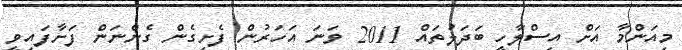
މިއަންމާ އަށް އިސްލާހީ ބަދަލުތައް 2011 ވަނަ އަހަރުން ފެށިގެން ގެންނަން ފަށާފައިވީ